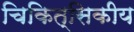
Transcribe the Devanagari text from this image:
चिकित्सिकीय